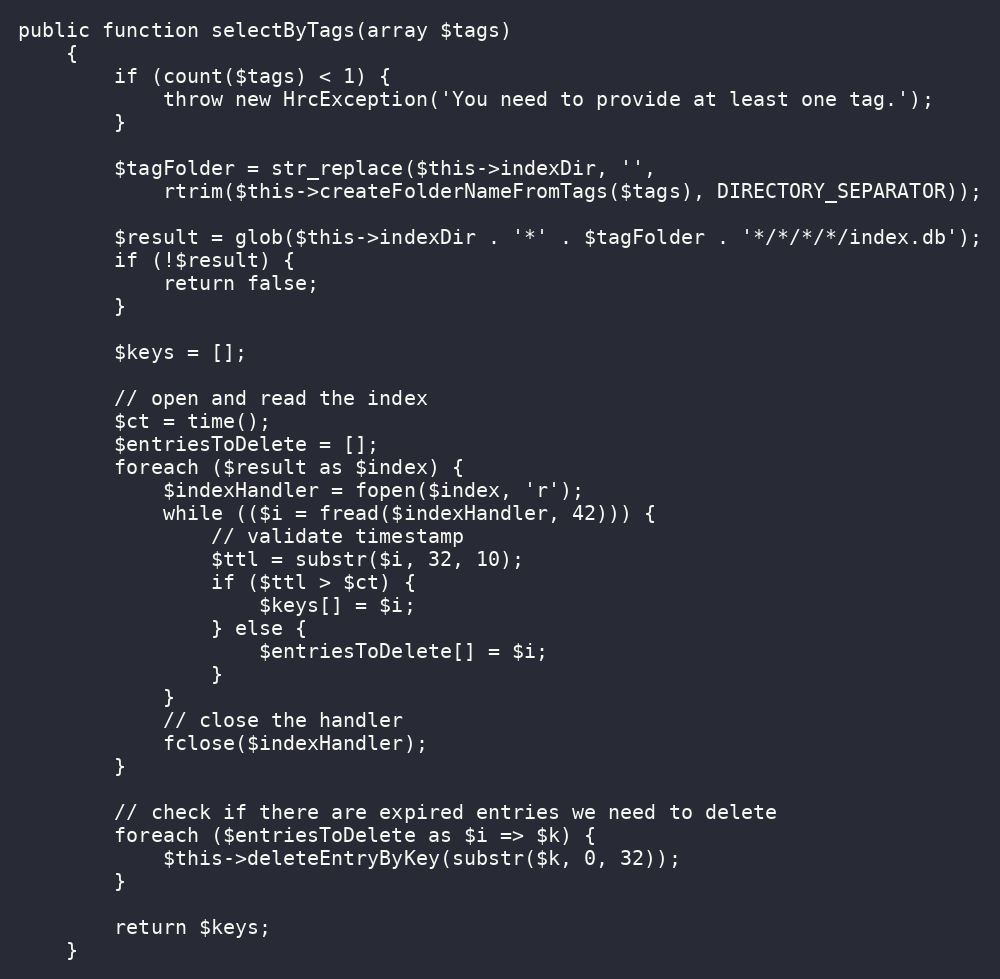
Language: PHP
public function selectByTags(array $tags)
    {
        if (count($tags) < 1) {
            throw new HrcException('You need to provide at least one tag.');
        }

        $tagFolder = str_replace($this->indexDir, '',
            rtrim($this->createFolderNameFromTags($tags), DIRECTORY_SEPARATOR));

        $result = glob($this->indexDir . '*' . $tagFolder . '*/*/*/*/index.db');
        if (!$result) {
            return false;
        }

        $keys = [];

        // open and read the index
        $ct = time();
        $entriesToDelete = [];
        foreach ($result as $index) {
            $indexHandler = fopen($index, 'r');
            while (($i = fread($indexHandler, 42))) {
                // validate timestamp
                $ttl = substr($i, 32, 10);
                if ($ttl > $ct) {
                    $keys[] = $i;
                } else {
                    $entriesToDelete[] = $i;
                }
            }
            // close the handler
            fclose($indexHandler);
        }

        // check if there are expired entries we need to delete
        foreach ($entriesToDelete as $i => $k) {
            $this->deleteEntryByKey(substr($k, 0, 32));
        }

        return $keys;
    }